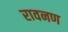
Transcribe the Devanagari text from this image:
रावनण